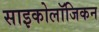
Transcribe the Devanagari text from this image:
साइकोलॉजिकन